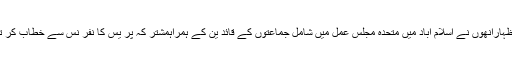
ان خیالات کا اظہارانھوں نے اسلام آباد میں متحدہ مجلس عمل میں شامل جماعتوں کے قائد ین کے ہمراہمشتر کہ پر یس کا نفر نس سے خطاب کر تے ہو ئے کیا ۔